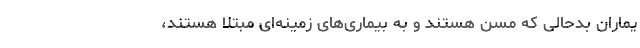
یماران بدحالی که مسن هستند و به بیماری‌های زمینه‌ای مبتلا هستند،